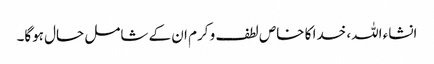
انشاء اللہ، خدا کا خاص لطف و کرم ان کے شامل حال ہوگا۔